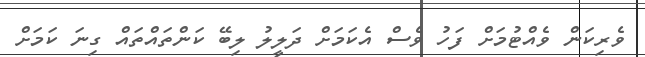
ވެރިކަން ވެއްޓުމަށް ފަހު ވެސް އެކަމަށް ދަލީލު ލިބޭ ކަންތައްތައް ގިނަ ކަމަށް